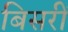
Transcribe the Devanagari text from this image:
बिसरीं